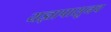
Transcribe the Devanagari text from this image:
यज्ञापासूनच